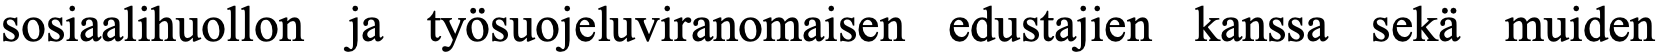
sosiaalihuollon ja työsuojeluviranomaisen edustajien kanssa sekä muiden